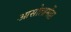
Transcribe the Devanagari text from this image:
आसोलामेंढा